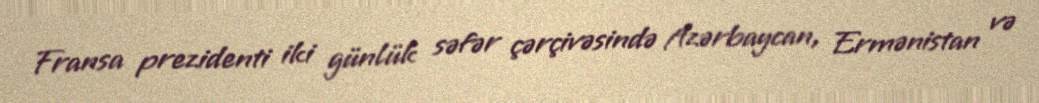
Fransa prezidenti iki günlük səfər çərçivəsində Azərbaycan, Ermənistan və